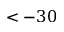
< - 3 0